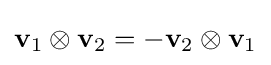
\mathbf {v} _{1}\otimes \mathbf {v} _{2}=-\mathbf {v} _{2}\otimes \mathbf {v} _{1}